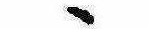
ゝ